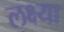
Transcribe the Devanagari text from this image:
लक्ष्‍या